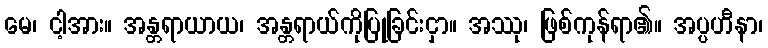
မေ၊ ငါ့အား။ အန္တရာယာယ၊ အန္တရာယ်ကိုပြုခြင်းငှာ။ အဿု၊ ဖြစ်ကုန်ရာ၏။ အပ္ပဟီနာ၊